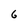
Character: 6